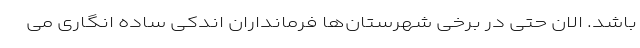
باشد. الان حتی در برخی شهرستان‌ها فرمانداران اندکی ساده انگاری می